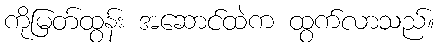
ကိုမြတ်ထွန်း အဆောင်ထဲက ထွက်လာသည်။